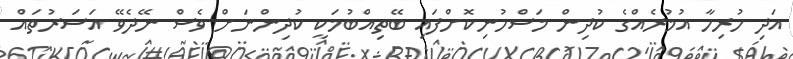
އަދި ހުރިހާ އުމުރެއްގެ ކުދިން މަސްހުނިކޮށްފައި ބޭތިއްބުމަކީ ކުދިންނަށް ވެސް ނޭދެވޭ އަސަރުތައް